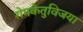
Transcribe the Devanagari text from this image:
रोमकेतुविजया